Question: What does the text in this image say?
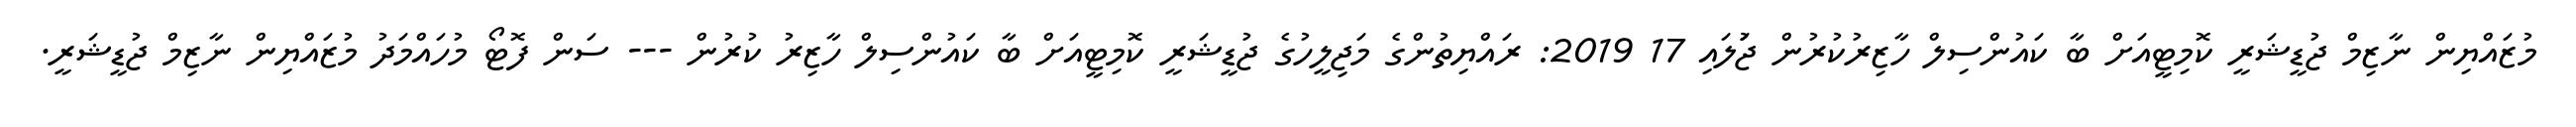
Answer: މުޒައްޔިން ނާޒިމް ޖުޑީޝަރީ ކޮމިޓީއަށް ބާ ކައުންސިލް ހާޒިރުކުރުން ޖުަލައި 17 2019: ރައްޔިތުންގެ މަޖިލީހުގެ ޖުޑީޝަރީ ކޮމިޓީއަށް ބާ ކައުންސިލް ހާޒިރު ކުރުން --- ސަން ފޮޓޯ މުހައްމަދު މުޒައްޔިން ނާޒިމް ޖުޑީޝަރީ.